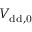
V _ { \mathrm { { d d } , 0 } }